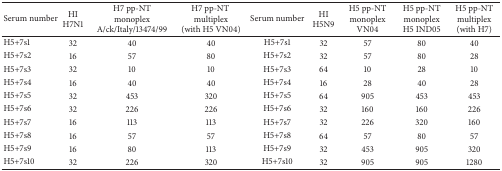
| Serum number | HI H7N1 | H7 pp-NT monoplexA/ck/Italy/13474/99 | H7 pp-NT multiplex (with H5 VN04) | Serum number | HI H5N9 | H5 pp-NT monoplexVN04 | H5 pp-NT monoplexH5 IND05 | H5 pp-NT multiplex (with H7) |
 | --- | --- | --- | --- | --- | --- | --- | --- | --- |
 | H5+7s1 | 32 | 40 | 40 | H5+7s1 | 32 | 57 | 80 | 40 |
 | H5+7s2 | 16 | 57 | 80 | H5+7s2 | 32 | 57 | 80 | 28 |
 | H5+7s3 | 32 | 10 | 10 | H5+7s3 | 64 | 10 | 28 | 10 |
 | H5+7s4 | 16 | 40 | 40 | H5+7s4 | 16 | 28 | 40 | 28 |
 | H5+7s5 | 32 | 453 | 320 | H5+7s5 | 64 | 905 | 453 | 453 |
 | H5+7s6 | 32 | 226 | 226 | H5+7s6 | 32 | 160 | 160 | 226 |
 | H5+7s7 | 16 | 113 | 113 | H5+7s7 | 32 | 226 | 320 | 160 |
 | H5+7s8 | 16 | 57 | 57 | H5+7s8 | 64 | 57 | 80 | 57 |
 | H5+7s9 | 16 | 80 | 113 | H5+7s9 | 32 | 453 | 905 | 320 |
 | H5+7s10 | 32 | 226 | 320 | H5+7s10 | 32 | 905 | 905 | 1280 |